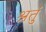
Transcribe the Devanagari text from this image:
श्रतुं